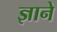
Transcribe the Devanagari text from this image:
ज्ञाने